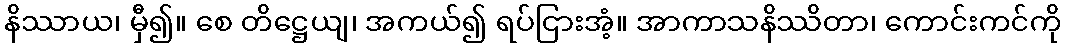
နိဿာယ၊ မှီ၍။ စေ တိဋ္ဌေယျ၊ အကယ်၍ ရပ်ငြားအံ့။ အာကာသနိဿိတာ၊ ကောင်းကင်ကို